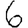
Digit: 6